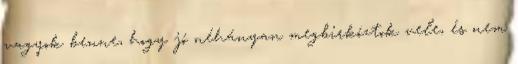
vagyok benne, hogy jó néhányan megbirkóztok vele, és nem